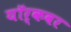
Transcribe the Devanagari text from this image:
यॉर्कवर